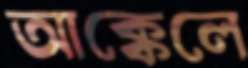
আক্কেলে